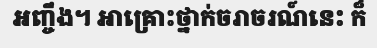
អញ្ចឹង។ អាគ្រោះថ្នាក់ចរាចរណ៍នេះ ក៏